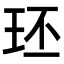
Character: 㺽